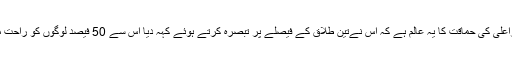
اس وزیراعلیٰ کی حماقت کا یہ عالم ہے کہ اس نےتین طلاق کے فیصلے پر تبصرہ کرتے ہوئے کہہ دیا اس سے 50 فیصد لوگوں کو راحت ملے گی۔